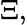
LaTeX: \Xi,